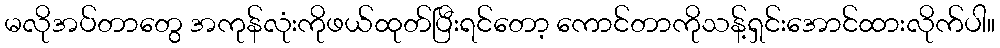
မလိုအပ်တာတွေ အကုန်လုံးကိုဖယ်ထုတ်ပြီးရင်တော့ ကောင်တာကိုသန့်ရှင်းအောင်ထားလိုက်ပါ။